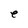
Character: e